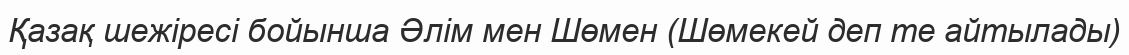
Қазақ шежіресі бойынша Әлім мен Шөмен (Шөмекей деп те айтылады)